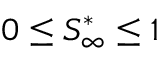
0 \leq S _ { \infty } ^ { * } \leq 1